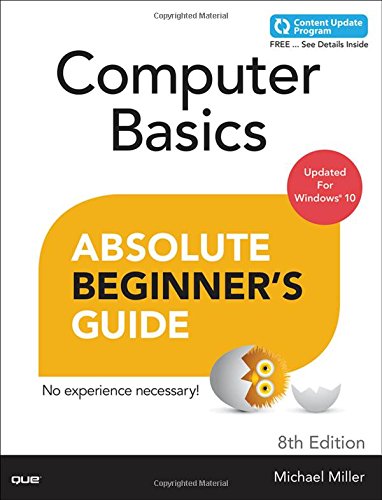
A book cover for Computer Basics Absolute Beginner's Guide, Windows 10 Edition (includes Content Update Program) (8th Edition); Michael Miller; Computers & Technology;